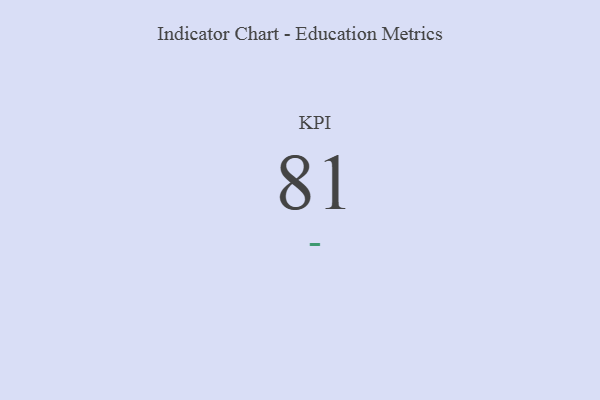
{"axis": {"x": "KPI", "y": "Value"}, "legend": [""], "data": [{"x": "KPI", "y": 81, "type": ""}]}